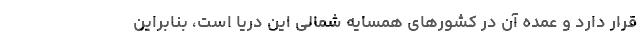
قرار دارد و عمده آن در کشورهای همسایه شمالی این دریا است، بنابراین